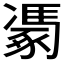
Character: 𮙢